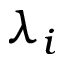
\lambda _ { i }